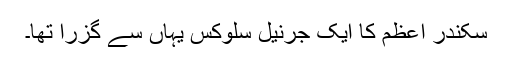
سکندر اعظم کا ایک جرنیل سلوکس یہاں سے گزرا تھا۔